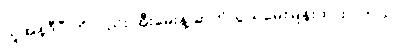
ယူအန်ဒီပီ ကိုလည်း အီးမေးနဲ့ ဆက်သွယ်မေးမြန်းထားပါတယ်။